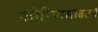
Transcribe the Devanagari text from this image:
कोरियासोबतचे